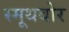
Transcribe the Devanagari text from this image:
स्मूथबोर